Lunatic asylums Bombay report 1878-1890 - 1878-1890
Year: 1878
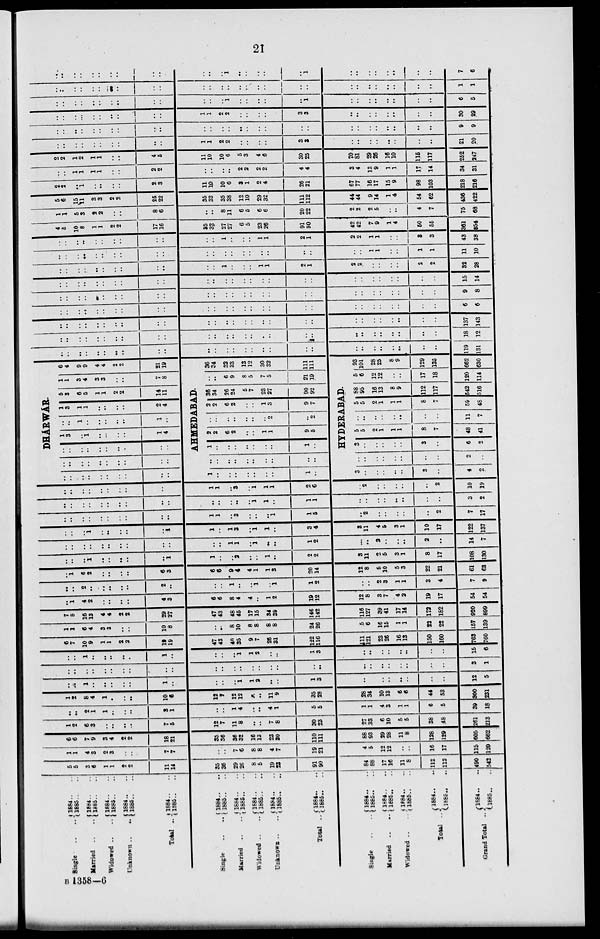
21
Single .. ..
Married .. ..
Widowed .. ..
Unknown .. ..
Total ..
Single .. ..
Married .. ..
Widowed .. ..
Unknown .. ..
Total ..
Single .. ..
Married
..
..
Widowed .. ..
Total ..
Grand Total ..
1884 .. ..
1885 .. ..
1884 .. ..
1885 .. ..
1884 .. ..
1885 .. ..
1884 .. ..
1885 .. ..
1884 .. ..
1885 .. ..
1884 .. ..
1885 .. ..
1884 .. ..
1885 .. ..
1884 .. ..
1885 .. ..
1884 .. ..
1885 .. ..
1884 .. ..
1885 .. ..
1884 .. ..
1865 .. ..
1884 .. ..
1885 .. ..
1884
..
..
1885 .. ..
l884 .. ..
1885 .. ..
1884 .. ..
1885 .. ..
5
5
3
6
1
1
2
2
11
14
35
36
29
26
8
5
19
23
91
90
84
88
17
16
11
8
112
112
490
542
1
1
4
3
2
3
..
..
7
7
..
..
7
6
8
8
4
7
19
21
4
5
12
12
..
..
16
17
115
120
6
6
7
9
3
4
2
2
18
21
35
36
36
32
16
13
23
30
110
111
88
93
29
28
11
8
128
129
605
662
1
2
6
3
..
..
..
..
7
5
12
7
11
8
..
..
7
8
30
23
27
33
6
10
5
5
38
48
261
213
..
..
2
1
1
..
..
..
3
1
..
..
1
4
..
..
4
1
5
5
1
1
4
3
1
1
6
5
39
18
1
2
8
4
1
..
..
..
10
6
12
7
12
12
..
..
11
9
35
28
28
34
10
13
6
6
44
53
900
231
..
..
1
..
..
..
..
..
1
..
..
..
..
1
1
2
..
..
1
3
..
..
..
..
..
..
..
..
12
5
..
..
..
..
..
..
..
..
..
..
..
..
..
..
..
..
..
..
..
..
..
..
..
..
..
..
..
..
3
1
..
..
1
..
..
..
..
..
1
..
..
..
..
1
1
2
..
..
1
3
..
..
..
..
..
..
..
..
15
6
6
7
10
9
1
1
2
2
19
19
47
43
40
35
9
7
26
31
122
116
111
121
23
26
16
13
150
160
763
760
1
1
6
4
3
3
..
..
10
8
..
..
8
10
8
8
8
8
24
26
5
6
16
15
1
1
22
22
157
139
7
8
16
13
4
4
2
2
29
27
47
43
48
45
17
15
34
39
146
142
116
127
39
41
17
14
172
182
920
899
..
1
4
2
..
..
..
..
4
3
6
6
8
4
4
..
1
2
19
12
12
8
3
7
4
2
19
17
54
54
..
..
2
..
..
..
..
..
2
..
..
..
1
..
..
1
..
1
1
2
..
..
2
3
1
1
3
4
7
9
..
1
6
2
..
..
..
..
6
3
6
6
9
4
4
1
1
3
20
14
12
8
6
10
5
3
22
21
61
63
..
..
..
1
..
..
..
..
..
1
1
..
..
2
..
..
1
..
2
2
3
11
2
5
3
1
8
17
108
130
..
..
..
..
..
..
..
..
..
..
..
..
1
1
..
1
..
..
1
2
..
..
2
..
..
..
2
..
14
7
..
..
..
1
..
..
..
..
..
1
1
..
1
3
..
1
1
..
3
4
3
11
4
5
3
1
10
17
122
137
..
..
..
..
..
..
..
..
..
..
1
1
..
3
..
..
..
1
1
5
..
2
..
..
..
..
..
2
7
17
..
..
..
..
..
..
..
..
..
..
..
..
..
..
..
1
1
..
1
1
..
..
..
..
..
..
..
..
3
2
..
..
..
..
..
..
..
..
..
..
1
1
..
3
..
1
1
1
2
6
..
2
..
..
..
..
..
2
10
19
..
..
..
..
..
..
..
..
..
..
DHÁRWÁR.
..
..
..
..
..
..
..
..
..
..
..
..
..
..
..
..
..
..
..
..
1
3
..
1
..
..
..
..
1
4
..
..
1
..
..
..
..
..
1
..
1
3
1
1
..
..
..
..
2
4
5
3
6
5
1
1
2
2
14
11
1
1
3
4
3
3
..
..
7
8
6
4
9
9
4
4
2
2
21
19
AHMEDABAD.
1
..
..
..
..
..
..
..
1
..
..
..
..
..
..
..
..
..
..
..
1
..
..
..
..
..
..
..
1
..
2
2
6
2
..
..
1
1
9
5
..
..
..
..
..
..
..
2
..
2
2
2
6
2
..
..
1
3
9
7
36
34
26
24
5
7
23
27
90
92
..
..
6
9
8
5
7
5
21
19
36
34
32
33
13
12
30
32
111
111
HYDERABAD.
3
..
..
..
..
..
3
..
4
2
..
..
..
..
..
..
..
..
2
..
3
..
..
..
..
..
3
..
6
2
5
5
2
1
1
1
8
7
48
41
..
..
..
..
..
..
..
..
11
7
5
5
2
1
1
1
8
7
59
48
88
95
16
13
8
9
112
117
542
516
5
6
12
12
..
..
17
18
120
114
93
101
28
25
8
9
129
135
662
630
..
..
..
..
..
..
..
..
..
..
..
..
..
..
..
..
..
..
..
..
..
..
..
..
..
..
..
..
119
131
..
..
..
..
..
..
..
..
..
..
..
..
..
..
..
..
..
..
..
..
..
..
..
..
..
..
..
..
18
12
..
..
..
..
..
..
..
..
..
..
..
..
..
..
..
..
..
..
..
..
..
..
..
..
..
..
..
..
137
143
..
..
..
..
..
..
..
..
..
..
..
..
..
..
..
..
..
..
..
..
..
..
..
..
..
..
..
..
6
6
..
..
..
..
..
..
..
..
..
..
..
..
..
..
..
..
..
..
..
..
....
..
..
..
..
..
..
..
9
8
..
..
..
..
..
..
..
..
..
..
..
..
..
..
..
..
..
..
..
..
..
..
..
..
..
..
..
..
15
14
..
..
..
..
..
..
..
..
..
..
..
..
1
..
..
..
1
1
2
..
2
2
..
..
..
..
2
2
32
28
..
..
..
..
..
..
..
..
..
..
..
..
..
..
..
..
..
..
..
..
..
..
1
1
..
..
1
1
11
10
..
..
..
..
..
..
..
..
..
..
..
..
1
..
..
..
1
1
2
1
2
2
1
1
..
..
3
3
43
38
4
5
10
8
1
1
2
2
17
16
35
32
27
27
6
5
23
26
91
90
42
42
7
9
1
4
50
55
361
354
1
1
5
3
2
2
..
..
8
6
..
..
8
11
6
5
6
6
20
22
2
2
2
5
..
..
4
7
75
68
5
6
15
11
3
3
2
2
25
22
35
32
35
38
12
10
29
32
111
112
44
44
9
14
1
4
54
62
436
422
2
2
..
1
..
..
..
..
2
3
11
10
10
6
3
1
2
4
26
21
67
77
16
17
15
9
98
103
218
216
..
..
1
1
1
1
..
..
2
2
..
..
..
..
2
2
2
2
4
4
3
4
13
9
1
1
17
14
34
31
2
2
1
2
1
1
..
..
4
5
11
10
10
6
5
3
4
6
30
25
70
81
29
26
16
10
115
117
252
247
..
..
..
..
..
..
..
..
..
..
1
1
2
2
..
..
..
..
3
3
..
..
..
..
..
..
..
..
21
20
..
..
..
..
..
..
..
..
..
..
..
..
..
..
..
..
..
..
..
..
..
..
..
..
..
..
..
..
9
9
..
..
..
..
..
..
..
..
..
..
1
1
2
2
..
..
..
..
3
3
..
..
..
..
..
..
..
..
30
29
..
..
..
..
..
..
..
..
..
..
..
..
..
1
..
..
..
..
..
1
..
..
..
..
..
..
..
..
6
5
..
..
..
..
..
..
..
..
..
..
..
..
..
..
..
..
..
..
..
..
..
..
..
..
..
..
..
..
1
1
..
..
..
..
..
..
..
..
..
..
..
..
..
1
..
..
..
..
..
1
..
..
..
..
..
..
..
..
7
6
B 1358-6